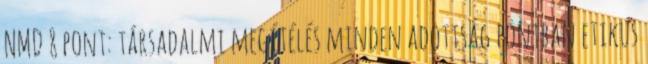
NMD 8 pont: társadalmi megítélés minden adottság pontban etikus